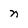
Character: n